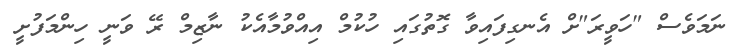
ނަމަވެސް "ހަވީރަ"ށް އެނގިފައިވާ ގޮތުގައި ހުކުމް އިއްވުމާއެކު ނާޒިމް ރޭ ވަނީ ހިންމަފުށީ